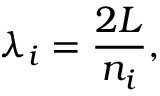
\lambda _ { i } = { \frac { 2 L } { n _ { i } } } ,